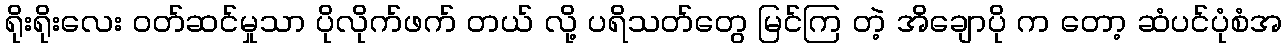
ရိုးရိုးလေး ဝတ်ဆင်မှုသာ ပိုလိုက်ဖက် တယ် လို့ ပရိသတ်တွေ မြင်ကြ တဲ့ အိချောပို က တော့ ဆံပင်ပုံစံအ